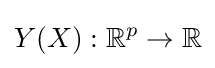
Y(X):\mathbb {R} ^{p}\to \mathbb {R}